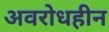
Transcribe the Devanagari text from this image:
अवरोधहीन